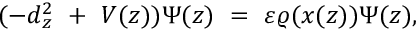
( - d _ { z } ^ { 2 } \ + \ V ( z ) ) \Psi ( z ) \ = \ \varepsilon \varrho ( x ( z ) ) \Psi ( z ) ,